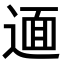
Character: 𨕂